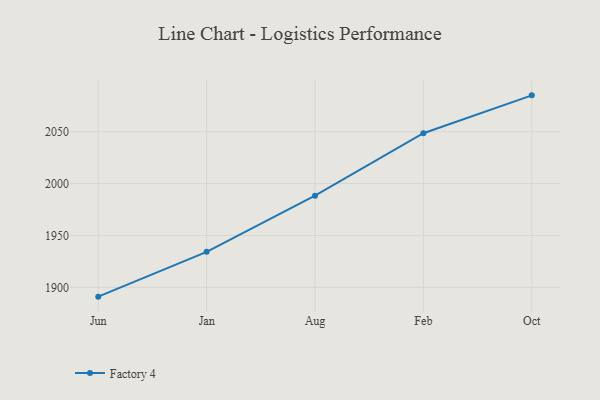
{"axis": {"x": "Month", "y": "Market Share (%)"}, "legend": ["Factory 4"], "data": [{"x": "Jun", "y": 1891.0, "type": "Factory 4"}, {"x": "Jan", "y": 1934.2, "type": "Factory 4"}, {"x": "Aug", "y": 1988.4, "type": "Factory 4"}, {"x": "Feb", "y": 2048.6, "type": "Factory 4"}, {"x": "Oct", "y": 2085.1, "type": "Factory 4"}]}